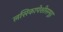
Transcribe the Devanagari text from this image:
लसिकापेशीसमूह